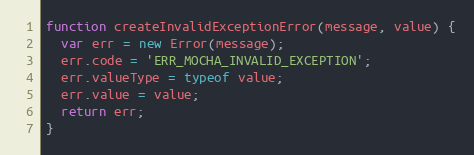
Language: JavaScript
function createInvalidExceptionError(message, value) {
  var err = new Error(message);
  err.code = 'ERR_MOCHA_INVALID_EXCEPTION';
  err.valueType = typeof value;
  err.value = value;
  return err;
}